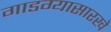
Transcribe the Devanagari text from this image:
गाडग्यासारखे